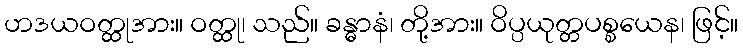
ဟဒယဝတ္ထုအား။ ဝတ္ထု၊ သည်။ ခန္ဓာနံ၊ တို့အား။ ဝိပ္ပယုတ္တပစ္စယေန၊ ဖြင့်။